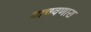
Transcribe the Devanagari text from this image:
वाचवणारा